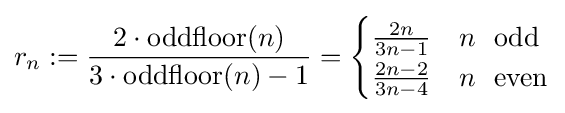
r_{n}:={\frac {2\cdot {\text{oddfloor}}(n)}{3\cdot {\text{oddfloor}}(n)-1}}={\begin{cases}{\frac {2n}{3n-1}}&n~{\text{ odd}}\\{\frac {2n-2}{3n-4}}&n~{\text{ even}}\end{cases}}